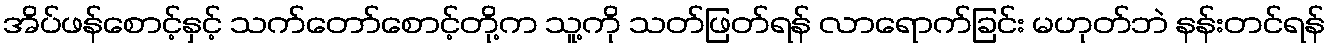
အိပ်ဖန်စောင့်နှင့် သက်တော်စောင့်တို့က သူ့ကို သတ်ဖြတ်ရန် လာရောက်ခြင်း မဟုတ်ဘဲ နန်းတင်ရန်